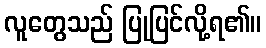
လူတွေသည် ပြုပြင်လို့ရ၏။